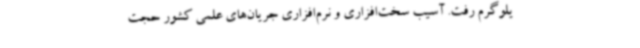
یلوگرم رفت. آسیب سخت‌افزاری و نرم‌افزاری جریان‌های علمی کشور حجت‌